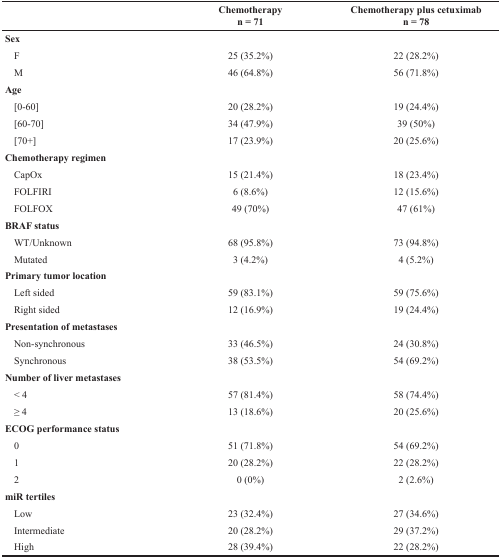
|  | Chemotherapyn = 71 | Chemotherapy plus cetuximabn = 78 |
 | --- | --- | --- |
 | Sex |  |  |
 | F | 25 (35.2%) | 22 (28.2%) |
 | M | 46 (64.8%) | 56 (71.8%) |
 | Age |  |  |
 | [0-60] | 20 (28.2%) | 19 (24.4%) |
 | [60-70] | 34 (47.9%) | 39 (50%) |
 | [70+] | 17 (23.9%) | 20 (25.6%) |
 | Chemotherapy regimen |  |  |
 | CapOx | 15 (21.4%) | 18 (23.4%) |
 | FOLFIRI | 6 (8.6%) | 12 (15.6%) |
 | FOLFOX | 49 (70%) | 47 (61%) |
 | BRAF status |  |  |
 | WT/Unknown | 68 (95.8%) | 73 (94.8%) |
 | Mutated | 3 (4.2%) | 4 (5.2%) |
 | Primary tumor location |  |  |
 | Left sided | 59 (83.1%) | 59 (75.6%) |
 | Right sided | 12 (16.9%) | 19 (24.4%) |
 | Presentation of metastases |  |  |
 | Non-synchronous | 33 (46.5%) | 24 (30.8%) |
 | Synchronous | 38 (53.5%) | 54 (69.2%) |
 | Number of liver metastases |  |  |
 | < 4 | 57 (81.4%) | 58 (74.4%) |
 | ≥ 4 | 13 (18.6%) | 20 (25.6%) |
 | ECOG performance status |  |  |
 | 0 | 51 (71.8%) | 54 (69.2%) |
 | 1 | 20 (28.2%) | 22 (28.2%) |
 | 2 | 0 (0%) | 2 (2.6%) |
 | miR tertiles |  |  |
 | Low | 23 (32.4%) | 27 (34.6%) |
 | Intermediate | 20 (28.2%) | 29 (37.2%) |
 | High | 28 (39.4%) | 22 (28.2%) |